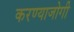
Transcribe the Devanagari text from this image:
करण्‍याजोगी